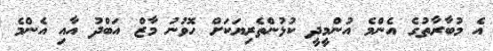
އެ މުބާރާތުގެ އެންމެ އުންމީދީ ކުޅުންތެރިޔަކަށް ހޮވުނު މާޒް އަބްދު އާއި އެންމެ